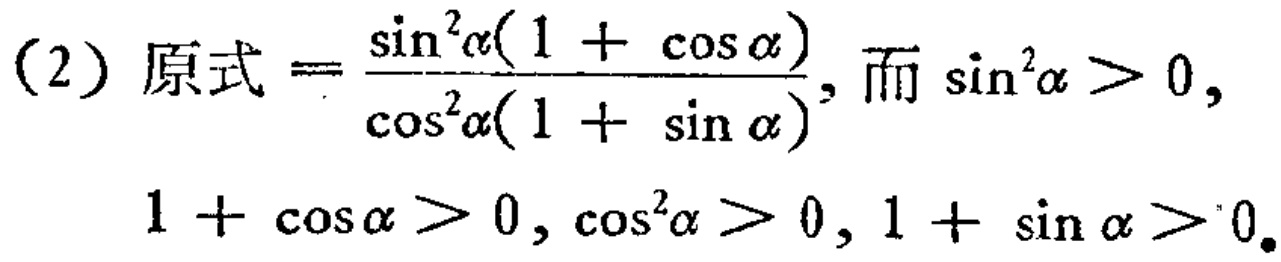
(2) 原式$=\frac{\sin^{2}\alpha(1 + \cos\alpha)}{\cos^{2}\alpha(1 + \sin\alpha)}$, 而$\sin^{2}\alpha>0$,
$1 + \cos\alpha>0, \cos^{2}\alpha>0, 1 + \sin\alpha>0$.